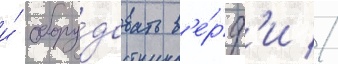
и́ обору́довать в'е́рф'и //